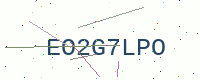
Text: EO2G7LPO